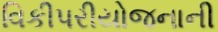
વિકીપરીયોજનાની